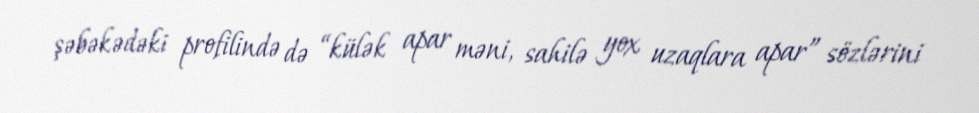
şəbəkədəki profilində də “külək apar məni, sahilə yox uzaqlara apar” sözlərini